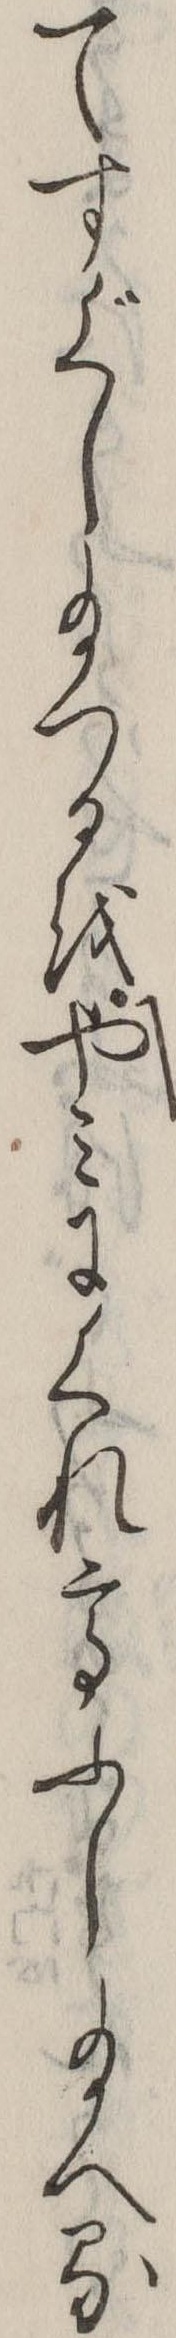
てすぐし給つるをやみにくれてふし給へる